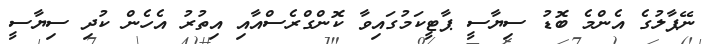
ނޭޕާލުގެ އެންމެ ބޮޑު ސިޔާސީ ޕާޓީކަމުގައިވާ ކޮންގްރެސްއާއި އިތުރު އެހެން ކުދި ސިޔާސީ